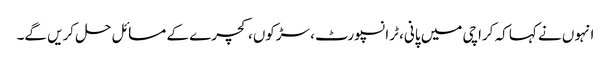
انہوں نے کہا کہ کراچی میں پانی، ٹرانسپورٹ، سڑکوں، کچرے کے مسائل حل کریں گے۔